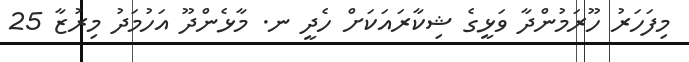
މިފަހަރު ހޫރަމުންދާ ވަޅީގެ ޝިކާރައަކަށް ހެދީ ނ. މާޅެންދޫ އަހުމަދު މިރުޒާ 25